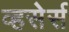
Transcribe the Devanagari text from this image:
व्हसेर्स